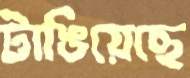
টাঙিয়েছে